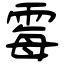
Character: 霉